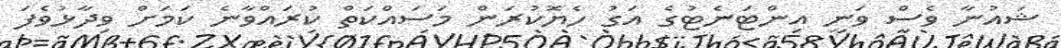
ޝައުނާ ވެސް ވަނީ އިންޓަނެޓުގެ އަގު ހެޔޮކުރަން މަސައްކަތް ކުރައްވާނެ ކަމަށް ވިދާޅުވެފަ